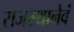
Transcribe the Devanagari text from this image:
राजस्थानेवं